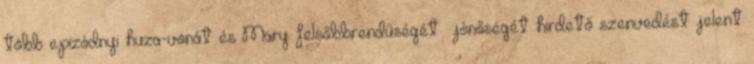
több epizódnyi huza-vonát és Mary felsőbbrendűségét jónőségét hirdető szenvedést jelent